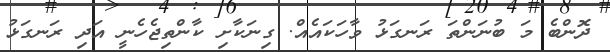
ދޮންބެ މަ ބުނަންތަ ރަނގަޅު ވާހަކައެއް. ގިނަކާށި ކާންތިޖެހެނީ އަދި ރަނގަޅު